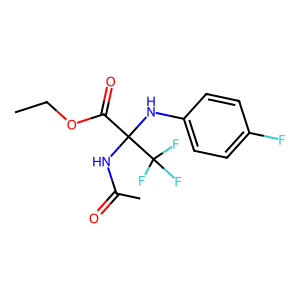
SMILES: CCOC(=O)C(NC(C)=O)(Nc1ccc(F)cc1)C(F)(F)F
Inhibits HIV replication: No